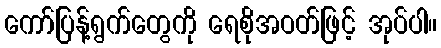
ကော်ပြန့်ရွက်တွေကို ရေစိုအဝတ်ဖြင့် အုပ်ပါ။